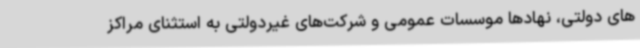
های دولتی، نهادها موسسات عمومی و شرکت‌های غیردولتی به استثنای مراکز